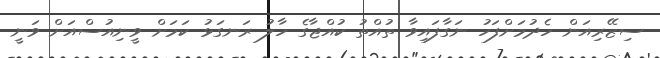
ސިޒޭރިއަން ހެދުމަށްފަހު ނަގާފައިވާ ތުއްތު ކުއްޖާގެ ހާލު ރަނގަޅު ކަމަށް ވީނިއުސްއަށް ވަނީ